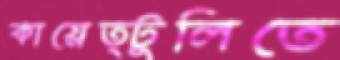
কায়েত্টুলিতে